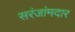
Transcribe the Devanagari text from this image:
सरंजांमदार